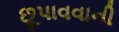
છૂપાવવાની